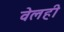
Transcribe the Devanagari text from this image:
वेलही